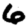
Digit: 6